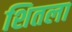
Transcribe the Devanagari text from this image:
शितला